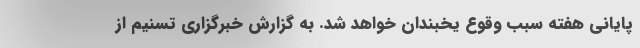
پایانی هفته سبب وقوع یخبندان خواهد شد. به گزارش خبرگزاری تسنیم از